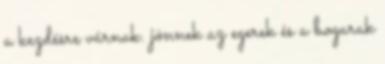
a kezdésre várnak. jönnek az egerek és a bogarak